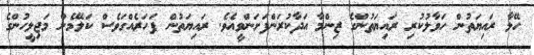
ހޭލާ ރައިޔަތުން ހަވާލުކުރި ރައިޔަތުންގެ ޒިންމާ އަދާކުރަންފަށަންވީއެވެ. ރައިޔަތުން ފަހަރެއްގަވެސް ކަލޭމެން މަޖިލީހުންގެ